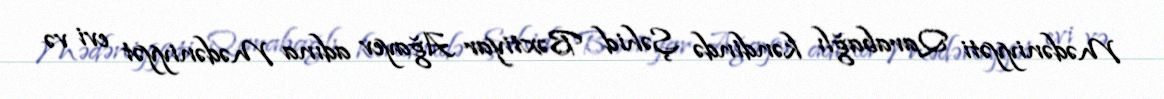
Mədəniyyəti Qarabağlı kəndində Şəhid Bəxtiyar Ağayev adına Mədəniyyət evi və